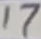
Text: 17